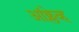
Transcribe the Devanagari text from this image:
आंक्लेव्ह